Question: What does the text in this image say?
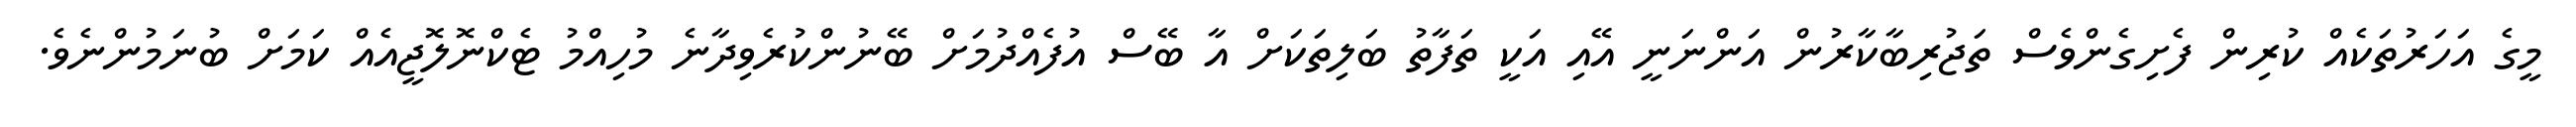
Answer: މީގެ އަހަރުތަކެއް ކުރިން ފެށިގެންވެސް ތަޖުރިބާކާރުން އަންނަނީ އޭއި އަކީ ތަފާތު ބަލިތަކަށް އާ ބޭސް އުފެއްދުމަށް ބޭނުންކުރެވިދާނެ މުހިއްމު ޓެކްނޮލޮޖީއެއް ކަމަށް ބުނަމުންނެވެ.